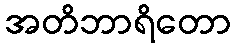
အတိဘာရိတော